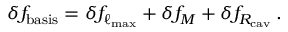
\delta f _ { \mathrm { b a s i s } } = \delta f _ { \ell _ { \mathrm { m a x } } } + \delta f _ { M } + \delta f _ { R _ { \mathrm { c a v } } } \, .